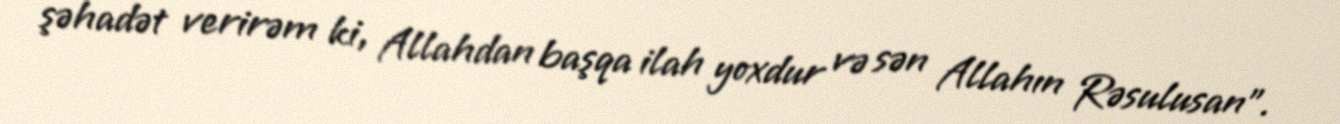
şəhadət verirəm ki, Allahdan başqa ilah yoxdur və sən Allahın Rəsulusan”.